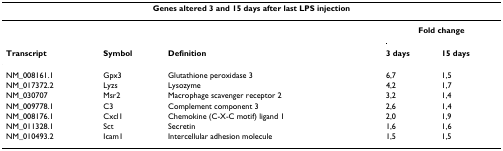
<table><thead><tr><td colspan="5"><b>Genes altered 3 and 15 days after last LPS injection</b></td></tr></thead><tbody><tr><td></td><td></td><td></td><td colspan="2"><b>Fold change</b></td></tr><tr><td><b>Transcript</b></td><td><b>Symbol</b></td><td><b>Definition</b></td><td><b>3 days</b></td><td><b>15 days</b></td></tr><tr><td>NM_008161.1</td><td>Gpx3</td><td>Glutathione peroxidase 3</td><td>6,7</td><td>1,5</td></tr><tr><td>NM_017372.2</td><td>Lyzs</td><td>Lysozyme</td><td>4,2</td><td>1,7</td></tr><tr><td>NM_030707</td><td>Msr2</td><td>Macrophage scavenger receptor 2</td><td>3,2</td><td>1,4</td></tr><tr><td>NM_009778.1</td><td>C3</td><td>Complement component 3</td><td>2,6</td><td>1,4</td></tr><tr><td>NM_008176.1</td><td>Cxcl1</td><td>Chemokine (C-X-C motif) ligand 1</td><td>2,0</td><td>1,9</td></tr><tr><td>NM_011328.1</td><td>Sct</td><td>Secretin</td><td>1,6</td><td>1,6</td></tr><tr><td>NM_010493.2</td><td>Icam1</td><td>Intercellular adhesion molecule</td><td>1,5</td><td>1,5</td></tr></tbody></table>